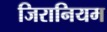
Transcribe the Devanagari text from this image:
जिरानियम